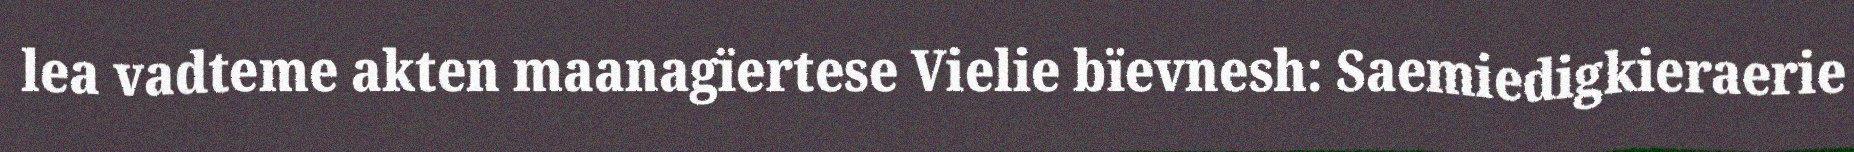
lea vadteme akten maanagïertese Vielie bïevnesh: Saemiedigkieraerie